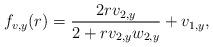
LaTeX: \begin{align*} f_{v, y}(r) = \frac{2r v_{2, y}}{2 + r v_{2, y} w_{2, y}} + v_{1, y}, \end{align*}